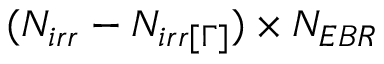
( N _ { i r r } - N _ { i r r [ \Gamma ] } ) \times N _ { E B R }